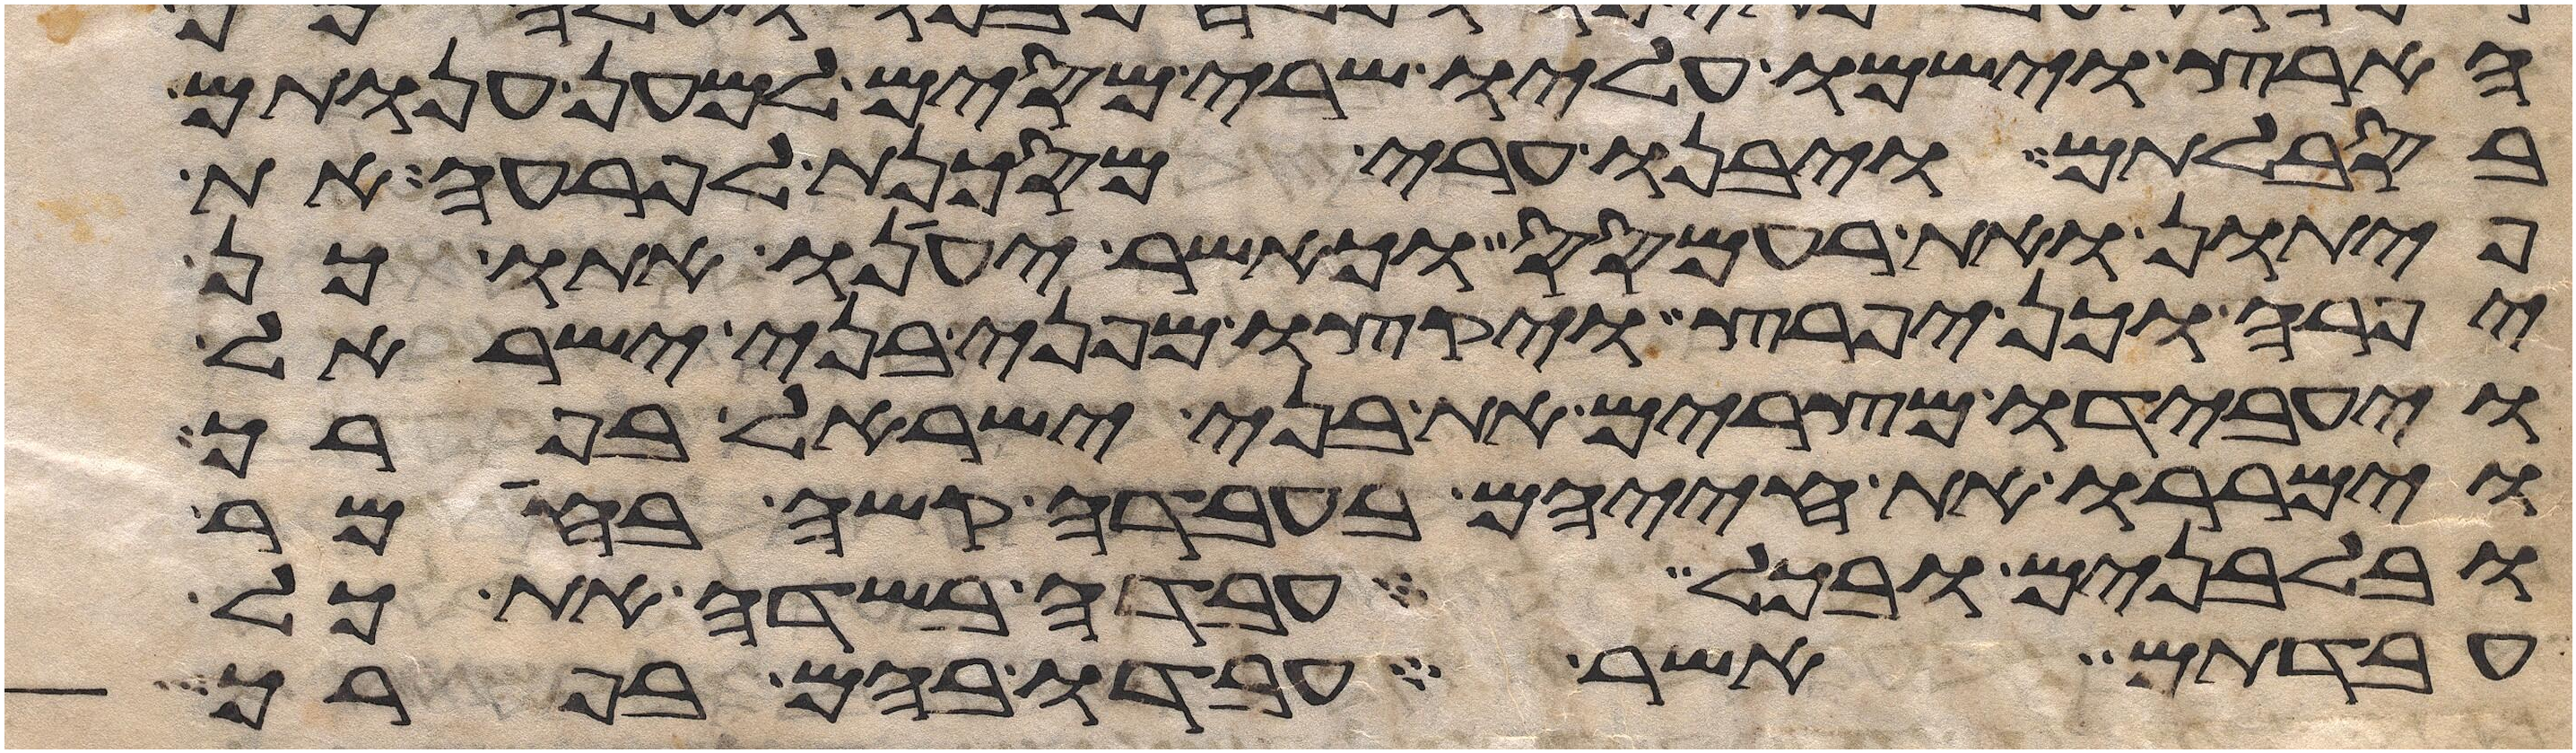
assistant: הארץ וישמו עליו שרי מסים למען ענותם
בסבלותם ויבנו ערי מסכנת לפרעה את
פיתון ואת רעמסס וכאשר יענו אתו כן
יפרה וכן יפרץ ויקצו מפני בני ישראל
ויעבדו מצרים את בני ישראל בפרך
וימררו את חייהם בעבדה קשה בחימר
ובלבנים ובכל עבדה בשדה את כל
עבדתם אשר עבדו בהם בפרך